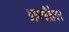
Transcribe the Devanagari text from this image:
ग्रामगीतेवर